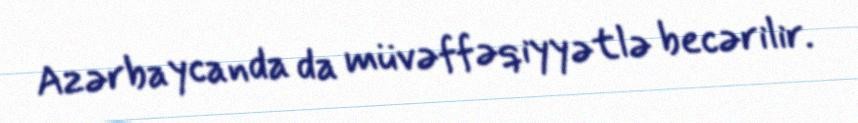
Azərbaycanda da müvəffəqiyyətlə becərilir.